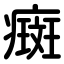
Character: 癍